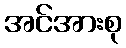
အင်အားစု